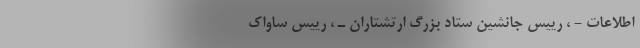
اطلاعات‌ - ‌، رییس‌ جانشین‌ ستاد بزرگ‌ ارتشتاران‌ ـ ، رییس‌ ساواك‌